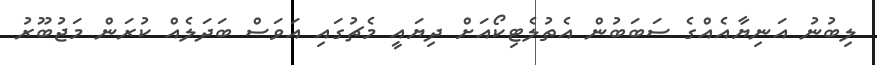
ލިބުނު އަނިޔާއެއްގެ ސަބަބުން އެތުލެޓިކޯއަށް ދިޔައީ މެޗުގައި އަވަސް ބަދަލެއް ކުރަން މަޖުބޫރު